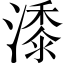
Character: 潻